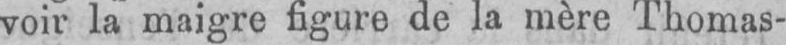
voir la maigre figure de la mère Thomas-